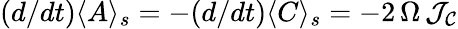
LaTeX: (d/dt)\langle A\rangle_{s}=-(d/dt)\langle C\rangle_{s}=-2\, \Omega\, {\cal J_{C}}